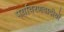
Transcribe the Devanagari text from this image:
पर्यावरणवादीयों